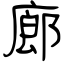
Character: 廊